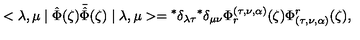
< \lambda , \mu \mid \hat { \Phi } ( \zeta ) \bar { \hat { \Phi } } ( \zeta ) \mid \lambda , \mu > = { } ^ { * } \delta _ { \lambda \tau } { } ^ { * } \delta _ { \mu \nu } \Phi _ { r } ^ { ( \tau , \nu , \alpha ) } ( \zeta ) \Phi _ { ( \tau , \nu , \alpha ) } ^ { r } ( \zeta ) ,